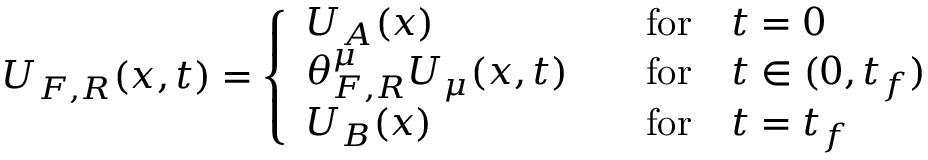
U _ { F , R } ( { \boldsymbol { x } } , t ) = \left\{ \begin{array} { l l } { U _ { A } ( { \boldsymbol { x } } ) } & { \quad \mathrm { f o r } \quad t = 0 } \\ { \theta _ { F , R } ^ { \mu } U _ { \mu } ( { \boldsymbol { x } } , t ) } & { \quad \mathrm { f o r } \quad t \in ( 0 , t _ { f } ) } \\ { U _ { B } ( { \boldsymbol { x } } ) } & { \quad \mathrm { f o r } \quad t = t _ { f } } \end{array} \right.